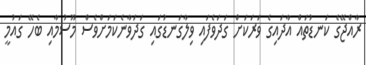
ރާއްޖޭގެ ކަނޑުތައް އާދައިގެ ވަރަކަށް ގަދަވެފައި ވިލާގަނޑުގައި ގަދަވާނެކަަމަށްވެސް މޫސުމާއި ބެހޭ ގައުމީ